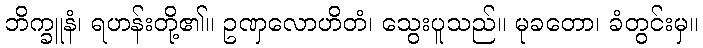
ဘိက္ခူနံ၊ ရဟန်းတို့၏။ ဥဏှလောဟိတံ၊ သွေးပူသည်။ မုခတော၊ ခံတွင်းမှ။